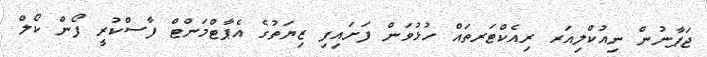
ޖަޕާނުން ނިއުކްލިއަރ ރިއެކްޓަރތައް ހުޅުވަން ފަށައިފި ޒިޔަތުގެ އެޕާޓްމަންޓް ފާސްކުރީ ފޯން ކޯލް